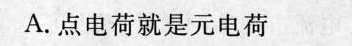
A.点电荷就是元电荷